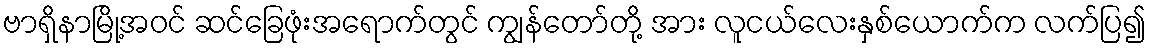
ဗာရှိနာမြို့အဝင် ဆင်ခြေဖုံးအရောက်တွင် ကျွန်တော်တို့ အား လူငယ်လေးနှစ်ယောက်က လက်ပြ၍